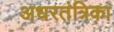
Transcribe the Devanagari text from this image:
अधरतंत्रिका